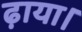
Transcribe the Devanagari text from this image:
ढ़ाया।